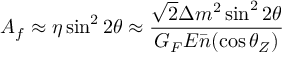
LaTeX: A _ { f } \approx \eta \sin ^ { 2 } 2 \theta \approx \frac { \sqrt { 2 } \Delta m ^ { 2 } \sin ^ { 2 } 2 \theta } { G _ { F } E \bar { n } ( \cos \theta _ { Z } ) }